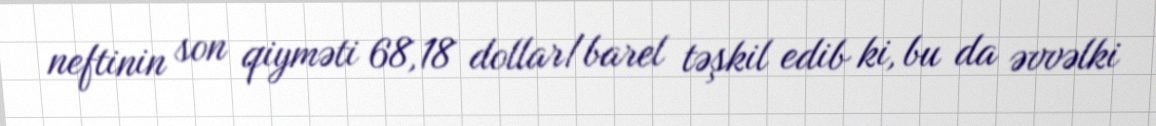
neftinin son qiyməti 68,18 dollar/barel təşkil edib ki, bu da əvvəlki